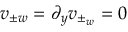
v _ { \pm w } = \partial _ { y } v _ { \pm _ { w } } = 0